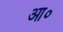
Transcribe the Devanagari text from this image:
आ०